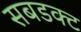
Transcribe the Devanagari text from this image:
सबडक्ट